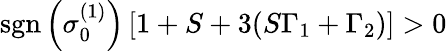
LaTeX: \textrm{sgn}\left(\sigma_{0}^{(1)}\right)\, [1+S+3(S\Gamma_{1}+\Gamma_{2})]>0